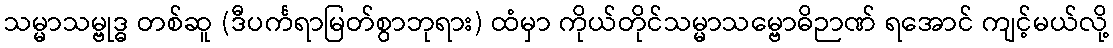
သမ္မာသမ္ဗုဒ္ဓ တစ်ဆူ (ဒီပင်္ကရာမြတ်စွာဘုရား) ထံမှာ ကိုယ်တိုင်သမ္မာသမ္ဗောဓိဉာဏ် ရအောင် ကျင့်မယ်လို့